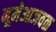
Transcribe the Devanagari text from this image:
नूमेआजवळ